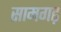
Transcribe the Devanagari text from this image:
सामगढ़